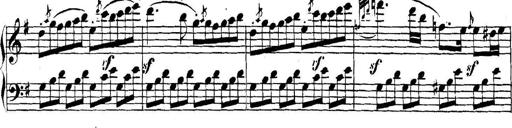
Title: Collected Piano Sonatas
Composer: Muzio Clementi